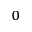
_ 0